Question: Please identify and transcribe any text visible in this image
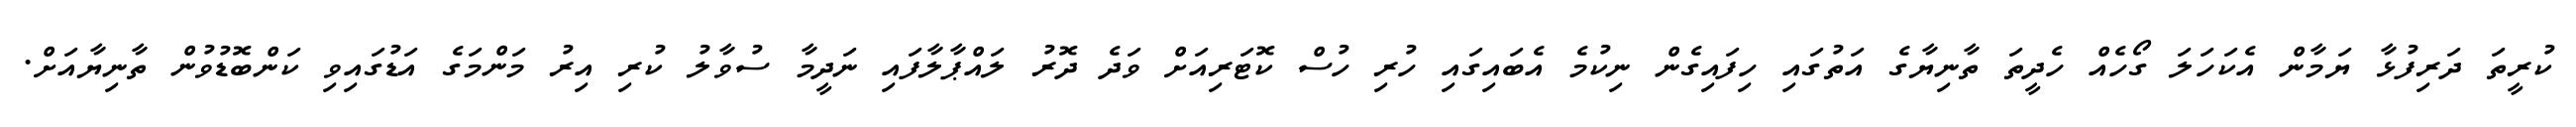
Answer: ކުރީތަ ދަރިފުޅާ ޔަމާން އެކަހަލަ ގޯހެއް ހެދީތަ ތާނިޔާގެ އަތުގައި ހިފައިގެން ނިކުމެ އެބައިގައި ހުރި ހުސް ކޮޓަރިއަށް ވަދެ ދޮރު ލައްޕާލާފައި ނަދީމާ ސުވާލު ކުރި އިރު މަންމަގެ އަޑުގައިވި ކަންބޮޑުވުން ތާނިޔާއަށް.